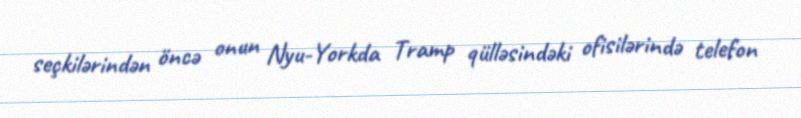
seçkilərindən öncə onun Nyu-Yorkda Tramp qülləsindəki ofisilərində telefon